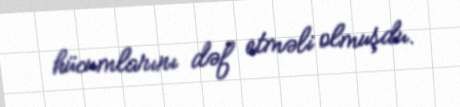
hücumlarını dəf etməli olmuşdu.